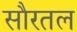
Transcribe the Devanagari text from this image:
सौरतल